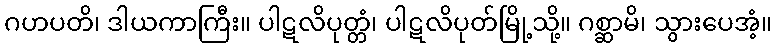
ဂဟပတိ၊ ဒါယကာကြီး။ ပါဋလိပုတ္တံ၊ ပါဋလိပုတ်မြို့သို့။ ဂစ္ဆာမိ၊ သွားပေအံ့။